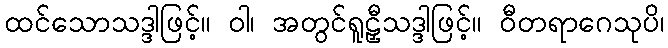
ထင်သောသဒ္ဒါဖြင့်။ ဝါ၊ အတွင်ရူဠှီသဒ္ဒါဖြင့်။ ဝီတရာဂေသုပိ၊